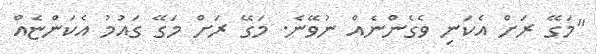
"މަގޭ ރަށް އެކަނި ވެގެންނެއް ނުވޭނެ. މަގޭ ރަށް މަގޭ ގައުމު އެކަންޏެއް